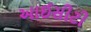
આઈસીટી